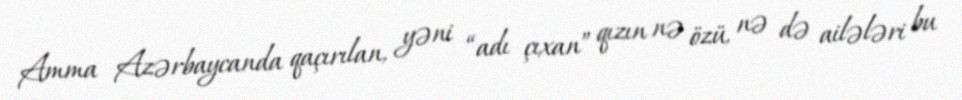
Amma Azərbaycanda qaçırılan, yəni “adı çıxan” qızın nə özü, nə də ailələri bu